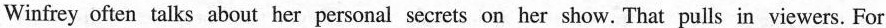
Winfrey often talks about her personal secrets on her show. That pulls in viewers. For